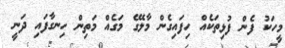
މީހަކު ފެން ފުޅިތަކެއް ހިފައިގެން މާލޭގެ މަގެއް މަތިން ހިނގާފައި ދަނީ